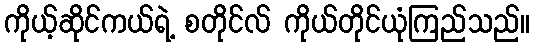
ကိုယ့်ဆိုင်ကယ်ရဲ့ စတိုင်လ် ကိုယ်တိုင်ယုံကြည်သည်။